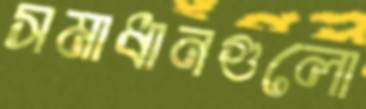
সমাধানগুলো